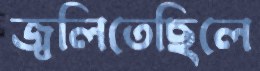
জ্বলিতেছিলে